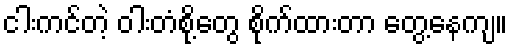
ငါးကင်တဲ့ ဝါးတံစို့တွေ စိုက်ထားတာ တွေ့နေကျ။